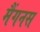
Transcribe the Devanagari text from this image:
मैंगनस